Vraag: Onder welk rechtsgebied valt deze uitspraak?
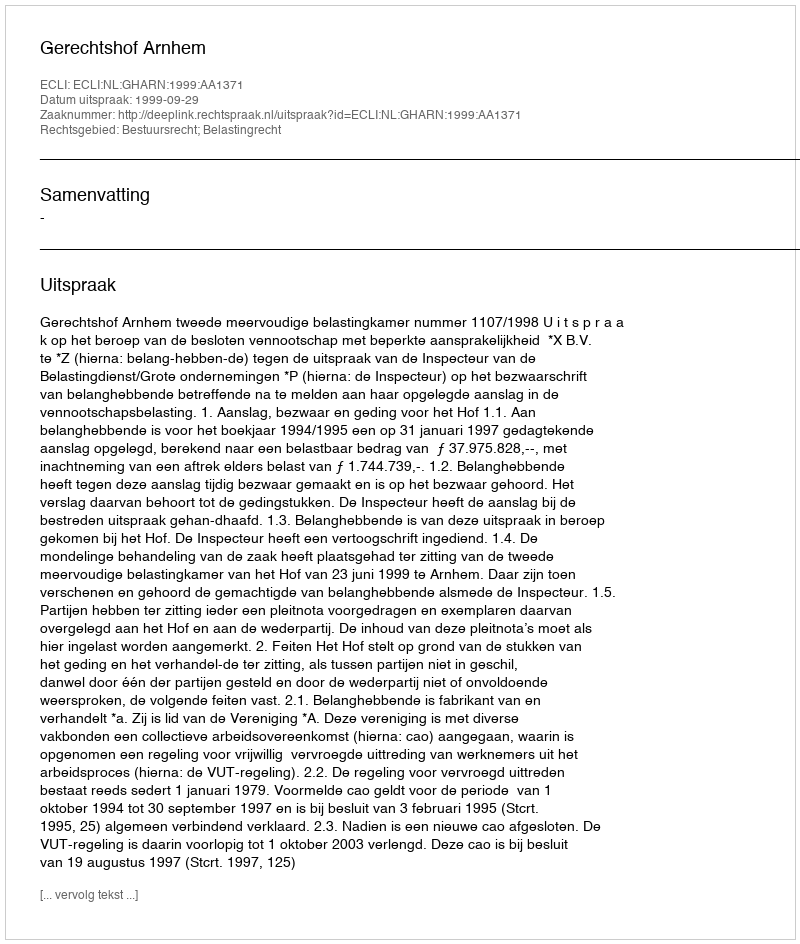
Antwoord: Bestuursrecht; Belastingrecht